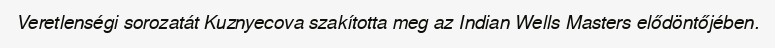
Veretlenségi sorozatát Kuznyecova szakította meg az Indian Wells Masters elődöntőjében.